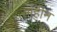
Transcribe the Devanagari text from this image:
रगंहीन